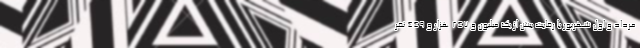
مرداد و اول شهریور با رقابت بیش از یک میلیون و ۲۴۷ هزار و ۴۴۹ نفر